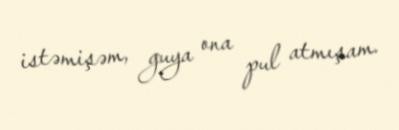
istəmişəm, guya ona pul atmışam.